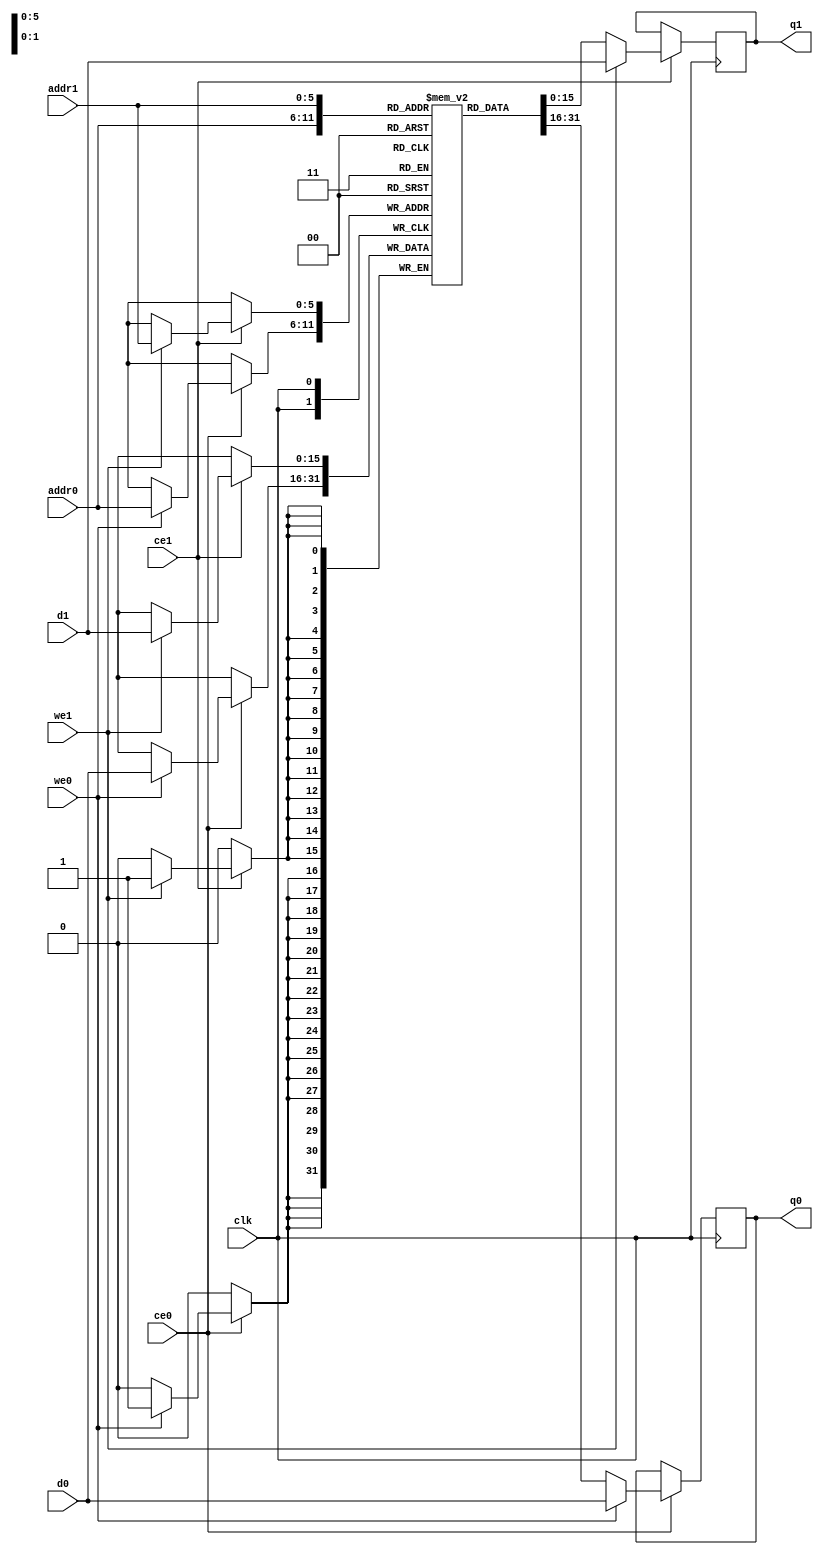
// ==============================================================
// File generated by Vivado(TM) HLS - High-Level Synthesis from C, C++ and SystemC
// Version: 2017.4
// Copyright (C) 1986-2017 Xilinx, Inc. All Rights Reserved.
// 
// ==============================================================

`timescale 1 ns / 1 ps
module conv_17_out_val_V_ram (addr0, ce0, d0, we0, q0, addr1, ce1, d1, we1, q1,  clk);

parameter DWIDTH = 16;
parameter AWIDTH = 6;
parameter MEM_SIZE = 64;

input[AWIDTH-1:0] addr0;
input ce0;
input[DWIDTH-1:0] d0;
input we0;
output reg[DWIDTH-1:0] q0;
input[AWIDTH-1:0] addr1;
input ce1;
input[DWIDTH-1:0] d1;
input we1;
output reg[DWIDTH-1:0] q1;
input clk;

(* ram_style = "block" *)reg [DWIDTH-1:0] ram[0:MEM_SIZE-1];




always @(posedge clk)  
begin 
    if (ce0) 
    begin
        if (we0) 
        begin 
            ram[addr0] <= d0; 
            q0 <= d0;
        end 
        else 
            q0 <= ram[addr0];
    end
end


always @(posedge clk)  
begin 
    if (ce1) 
    begin
        if (we1) 
        begin 
            ram[addr1] <= d1; 
            q1 <= d1;
        end 
        else 
            q1 <= ram[addr1];
    end
end


endmodule


`timescale 1 ns / 1 ps
module conv_17_out_val_V(
    reset,
    clk,
    address0,
    ce0,
    we0,
    d0,
    q0,
    address1,
    ce1,
    we1,
    d1,
    q1);

parameter DataWidth = 32'd16;
parameter AddressRange = 32'd64;
parameter AddressWidth = 32'd6;
input reset;
input clk;
input[AddressWidth - 1:0] address0;
input ce0;
input we0;
input[DataWidth - 1:0] d0;
output[DataWidth - 1:0] q0;
input[AddressWidth - 1:0] address1;
input ce1;
input we1;
input[DataWidth - 1:0] d1;
output[DataWidth - 1:0] q1;



conv_17_out_val_V_ram conv_17_out_val_V_ram_U(
    .clk( clk ),
    .addr0( address0 ),
    .ce0( ce0 ),
    .d0( d0 ),
    .we0( we0 ),
    .q0( q0 ),
    .addr1( address1 ),
    .ce1( ce1 ),
    .d1( d1 ),
    .we1( we1 ),
    .q1( q1 ));

endmodule